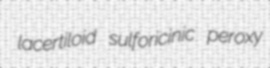
lacertiloid sulforicinic peroxy